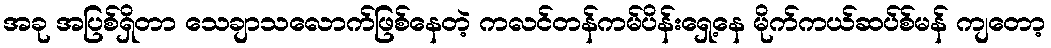
အခု အပြစ်ရှိတာ သေချာသလောက်ဖြစ်နေတဲ့ ကလင်တန်ကမ်ပိန်းရှေ့နေ မိုက်ကယ်ဆပ်စ်မန် ကျတော့